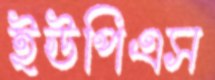
ইউপিএস